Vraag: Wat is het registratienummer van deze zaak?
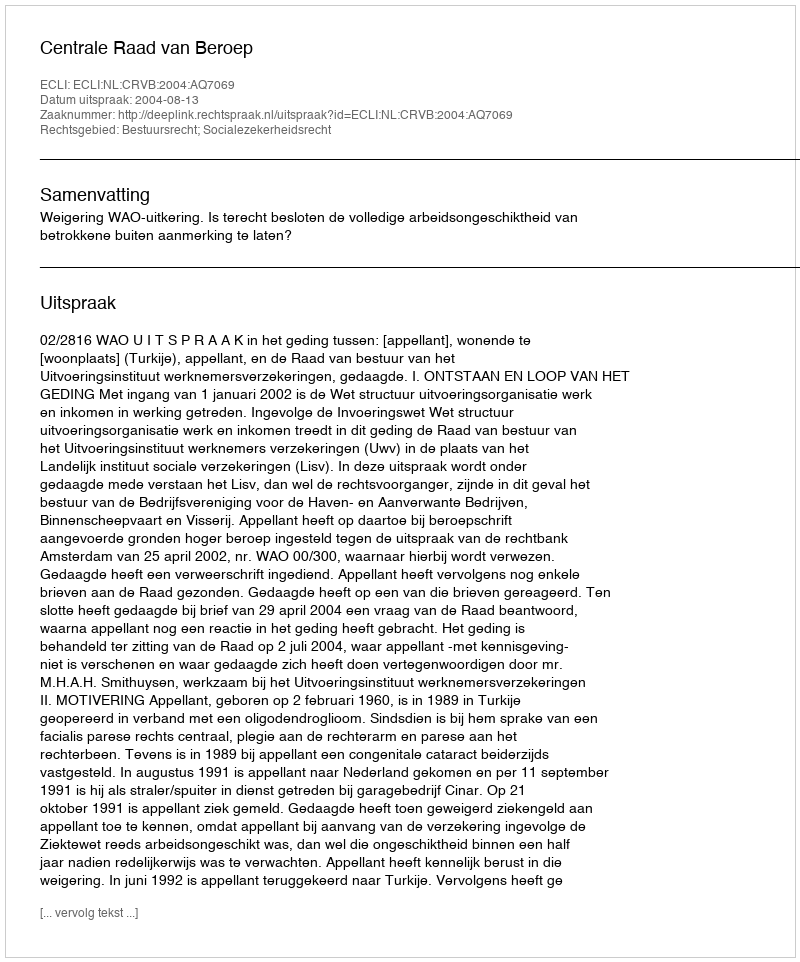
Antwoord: http://deeplink.rechtspraak.nl/uitspraak?id=ECLI:NL:CRVB:2004:AQ7069